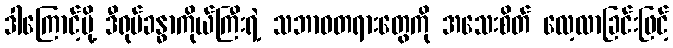
ဒါကြောင့်မို့ ဒီရုပ်ခန္ဓာကိုယ်ကြီးရဲ့ သဘာဝတရားတွေကို အသေးစိတ် လေ့လာခြင်းဖြင့်